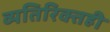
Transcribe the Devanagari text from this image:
व्यतिरिक्तही